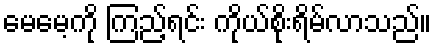
မေမေ့ကို ကြည့်ရင်း ကိုယ်စိုးရိမ်လာသည်။